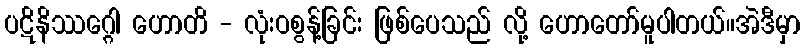
ပဋိနိဿဂ္ဂေါ ဟောတိ - လုံးဝစွန့်ခြင်း ဖြစ်ပေသည် လို့ ဟောတော်မူပါတယ်။အဲဒီမှာ